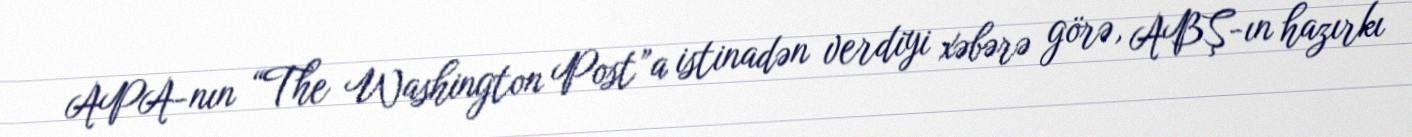
APA-nın “The Washington Post”a istinadən verdiyi xəbərə görə, ABŞ-ın hazırkı